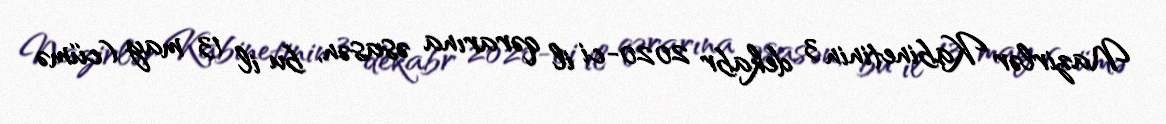
Nazirlər Kabinetinin 3 dekabr 2020-ci il qərarına əsasən, bu il 13 may (cümə